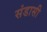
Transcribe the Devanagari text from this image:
संडासी